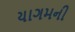
યાગમની